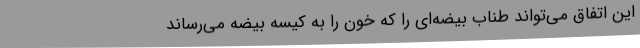
این اتفاق می‌تواند طناب بیضه‌ای را که خون را به کیسه بیضه می‌رساند